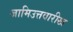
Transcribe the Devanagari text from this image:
जामिउत्तवारीख